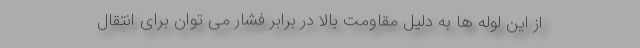
از این لوله ها به دلیل مقاومت بالا در برابر فشار می توان برای انتقال